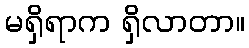
မရှိရာက ရှိလာတာ။